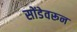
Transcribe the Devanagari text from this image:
सोंडेवरून